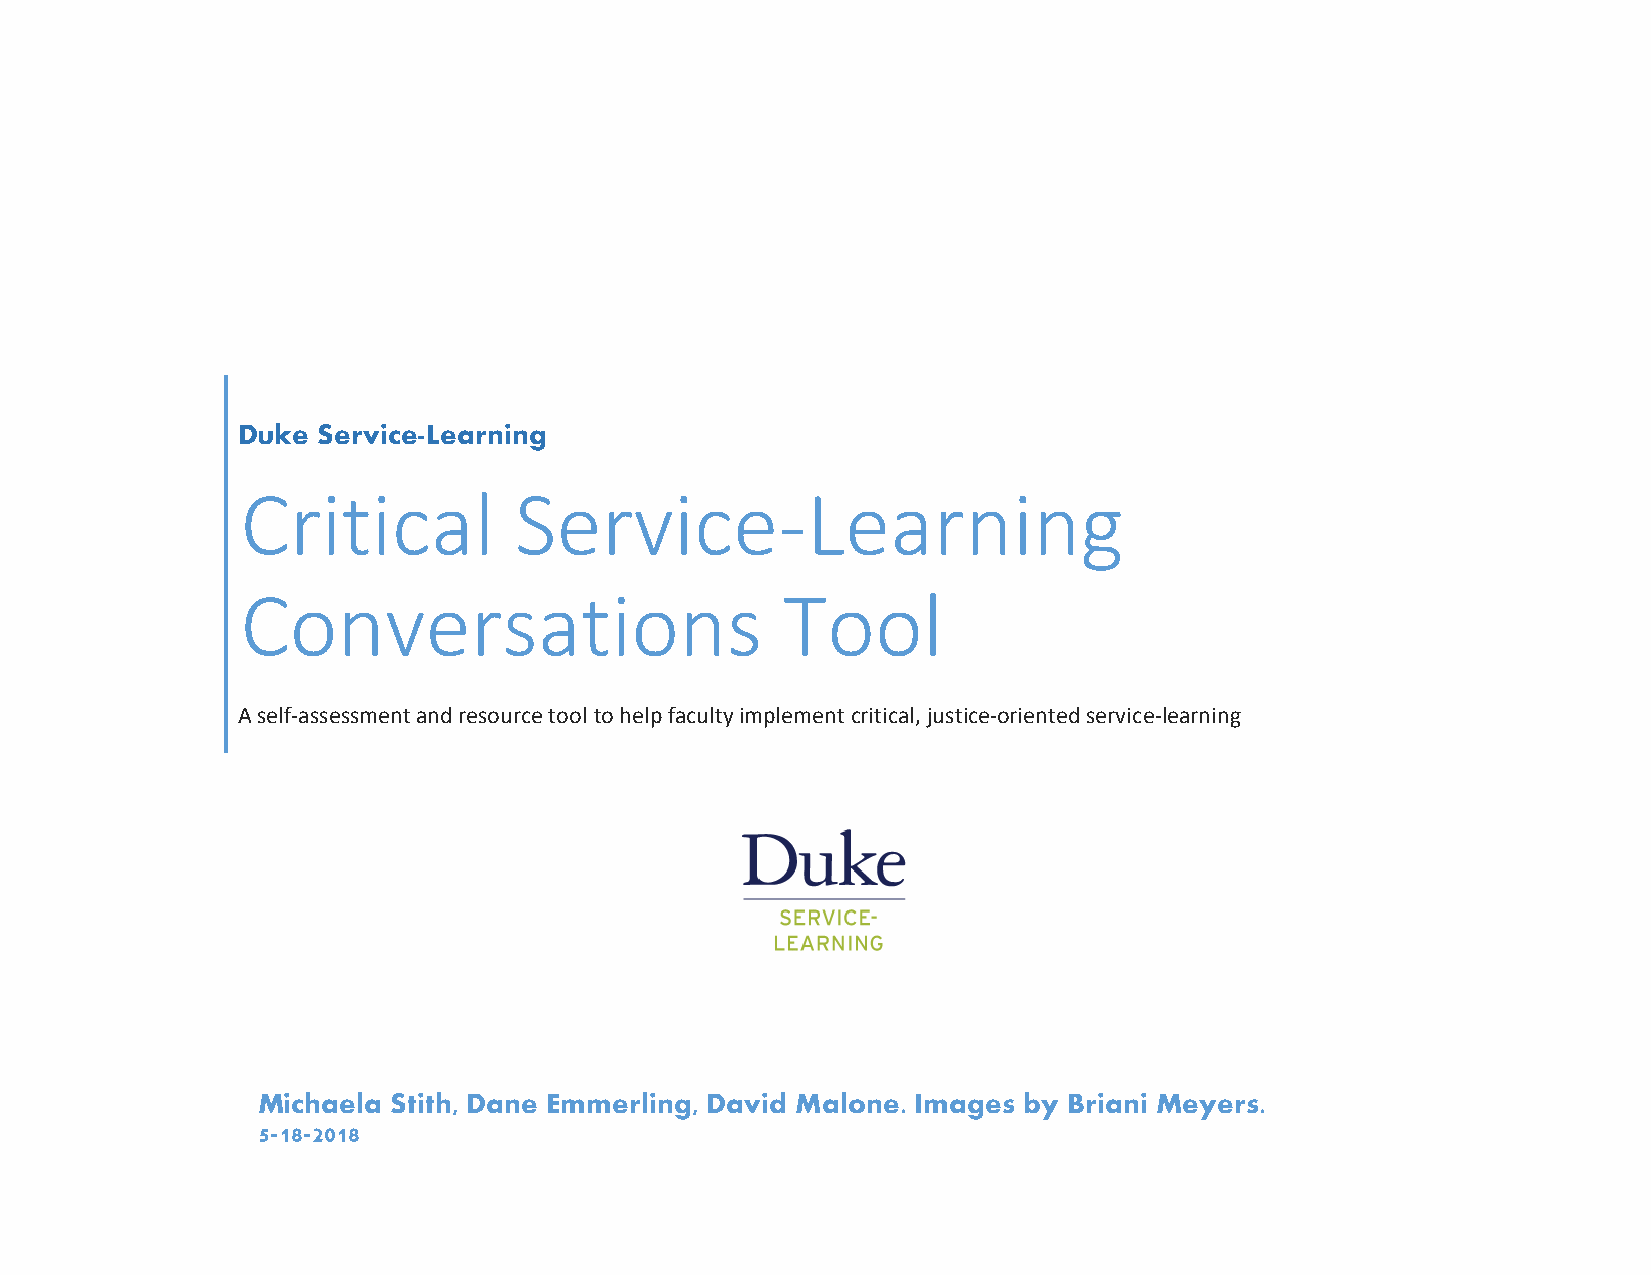
Duke Service-Learning
 Critical          Service-Learning
 Conversations                       Tool
 A self-assessment and resource tool to help faculty implement critical, justice-oriented service-learning
 Michaela Stith, Dane Emmerling, David Malone. Images by Briani Meyers.
 5-18-2018